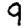
Digit: 9